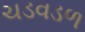
ચડવડળ